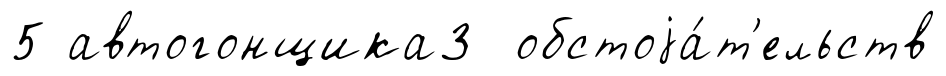
5 автогонщика3 обстоjа́т'ельств